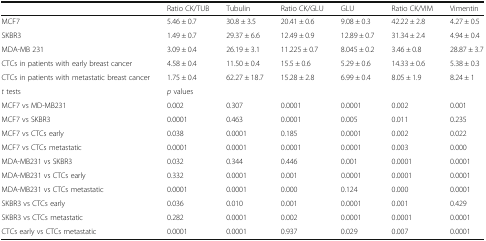
<table><thead><tr><td></td><td><b>Ratio CK/TUB</b></td><td><b>Tubulin</b></td><td><b>Ratio CK/GLU</b></td><td><b>GLU</b></td><td><b>Ratio CK/VIM</b></td><td><b>Vimentin</b></td></tr></thead><tbody><tr><td>MCF7</td><td>5.46 ± 0.7</td><td>30.8 ± 3.5</td><td>20.41 ± 0.6</td><td>9.08 ± 0.3</td><td>42.22 ± 2.8</td><td>4.27 ± 0.5</td></tr><tr><td>SKBR3</td><td>1.49 ± 0.7</td><td>29.37 ± 6.6</td><td>12.49 ± 0.9</td><td>12.89 ± 0.7</td><td>31.34 ± 2.4</td><td>4.94 ± 0.4</td></tr><tr><td>MDA-MB 231</td><td>3.09 ± 0.4</td><td>26.19 ± 3.1</td><td>11.225 ± 0.7</td><td>8.045 ± 0.2</td><td>3.46 ± 0.8</td><td>28.87 ± 3.7</td></tr><tr><td>CTCs in patients with early breast cancer</td><td>4.58 ± 0.4</td><td>11.50 ± 0.4</td><td>15.5 ± 0.6</td><td>5.29 ± 0.6</td><td>14.33 ± 0.6</td><td>5.38 ± 0.3</td></tr><tr><td>CTCs in patients with metastatic breast cancer</td><td>1.75 ± 0.4</td><td>62.27 ± 18.7</td><td>15.28 ± 2.8</td><td>6.99 ± 0.4</td><td>8.05 ± 1.9</td><td>8.24 ± 1</td></tr><tr><td><i>t</i> tests</td><td colspan="6"><i>p</i> values</td></tr><tr><td>MCF7 vs MD-MB231</td><td>0.002</td><td>0.307</td><td>0.0001</td><td>0.0001</td><td>0.002</td><td>0.001</td></tr><tr><td>MCF7 vs SKBR3</td><td>0.0001</td><td>0.463</td><td>0.0001</td><td>0.005</td><td>0.011</td><td>0.235</td></tr><tr><td>MCF7 vs CTCs early</td><td>0.038</td><td>0.0001</td><td>0.185</td><td>0.0001</td><td>0.002</td><td>0.022</td></tr><tr><td>MCF7 vs CTCs metastatic</td><td>0.0001</td><td>0.0001</td><td>0.0001</td><td>0.0001</td><td>0.003</td><td>0.000</td></tr><tr><td>MDA-MB231 vs SKBR3</td><td>0.032</td><td>0.344</td><td>0.446</td><td>0.001</td><td>0.0001</td><td>0.0001</td></tr><tr><td>MDA-MB231 vs CTCs early</td><td>0.332</td><td>0.0001</td><td>0.001</td><td>0.0001</td><td>0.0001</td><td>0.0001</td></tr><tr><td>MDA-MB231 vs CTCs metastatic</td><td>0.0001</td><td>0.0001</td><td>0.000</td><td>0.124</td><td>0.000</td><td>0.0001</td></tr><tr><td>SKBR3 vs CTCs early</td><td>0.036</td><td>0.010</td><td>0.001</td><td>0.0001</td><td>0.001</td><td>0.429</td></tr><tr><td>SKBR3 vs CTCs metastatic</td><td>0.282</td><td>0.0001</td><td>0.002</td><td>0.0001</td><td>0.0001</td><td>0.0001</td></tr><tr><td>CTCs early vs CTCs metastatic</td><td>0.0001</td><td>0.0001</td><td>0.937</td><td>0.029</td><td>0.007</td><td>0.0001</td></tr></tbody></table>